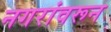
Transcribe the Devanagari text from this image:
नगरांवरून